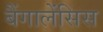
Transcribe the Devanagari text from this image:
बैंगालेंसिस